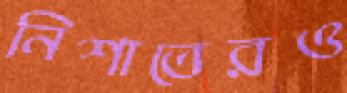
নিশাতেরও